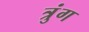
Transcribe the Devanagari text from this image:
त्रुंग